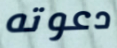
دعوته